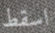
اسقط